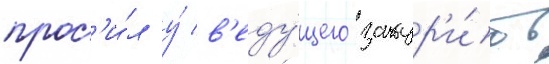
прос'и́л у́ в'еду́щего закур'и́ть